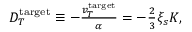
\begin{array} { r } { D _ { T } ^ { \mathrm { t a r g e t } } \equiv - \frac { v _ { T } ^ { \mathrm { t a r g e t } } } { \alpha } = - \frac { 2 } { 3 } \xi _ { s } K , } \end{array}